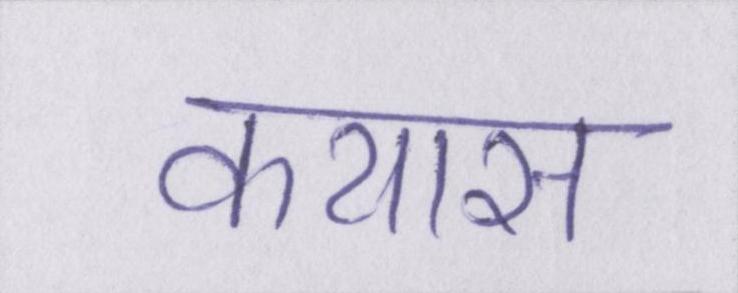
कयास